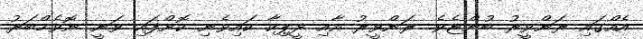
އެއްގައި ރަންވީރު ބުންޏެވެ. ރަންވީރު އާއި ދީޕިކާ ކައިވެނި ކޮށްފައި ވަނީ ނޮވެމްބަރު